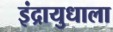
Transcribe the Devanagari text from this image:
इंद्रायुधाला